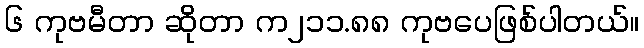
၆ ကုဗမီတာ ဆိုတာ က၂၁၁.၈၈ ကုဗပေဖြစ်ပါတယ်။